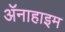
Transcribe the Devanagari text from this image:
ॲनाहाइम